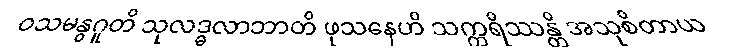
ဝသမနွဂူတိ သုလဒ္ဓလာဘာတိ ဖုသနေဟိ သက္ကရိဿန္တိ အသုစိတာယ